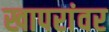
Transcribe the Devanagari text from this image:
खापरांवर